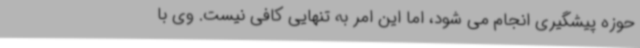
حوزه پیشگیری انجام می شود، اما این امر به تنهایی کافی نیست. وی با